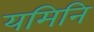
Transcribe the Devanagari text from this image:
यमिनि